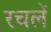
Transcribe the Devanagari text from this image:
रचलें